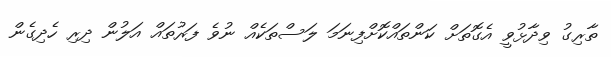
ތާރިގު ވިދާޅުވީ އެގޮތަށް ކަންތައްކޮށްފިނަމަ ލަސްތަކެއް ނުވެ ފަރުތައް އަލުން ދިރި ހެދިގެން